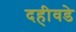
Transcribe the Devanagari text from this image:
दहीवडे